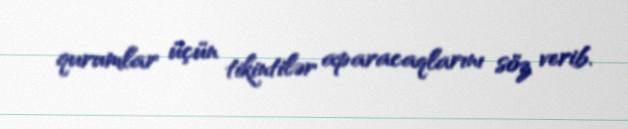
qurumlar üçün tikintilər aparacaqlarını söz verib.